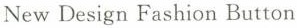
New Design Fashion Button